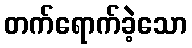
တက်ရောက်ခဲ့သော